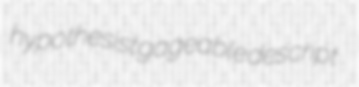
hypothesist gageable descript